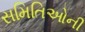
સમિતિઓની